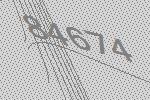
84674